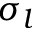
\sigma _ { l }